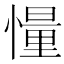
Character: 𪬨